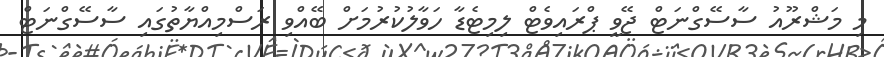
މި މަޝްރޫއު ސާސޭގްނަޓް ޖޭވީ ޕްރައިވެޓް ލިމިޓެޑާ ހަވާލުކުރުމަށް ބޭއްވި ރަސްމިއްޔާތުގައި ސާސޭގްނަޓް